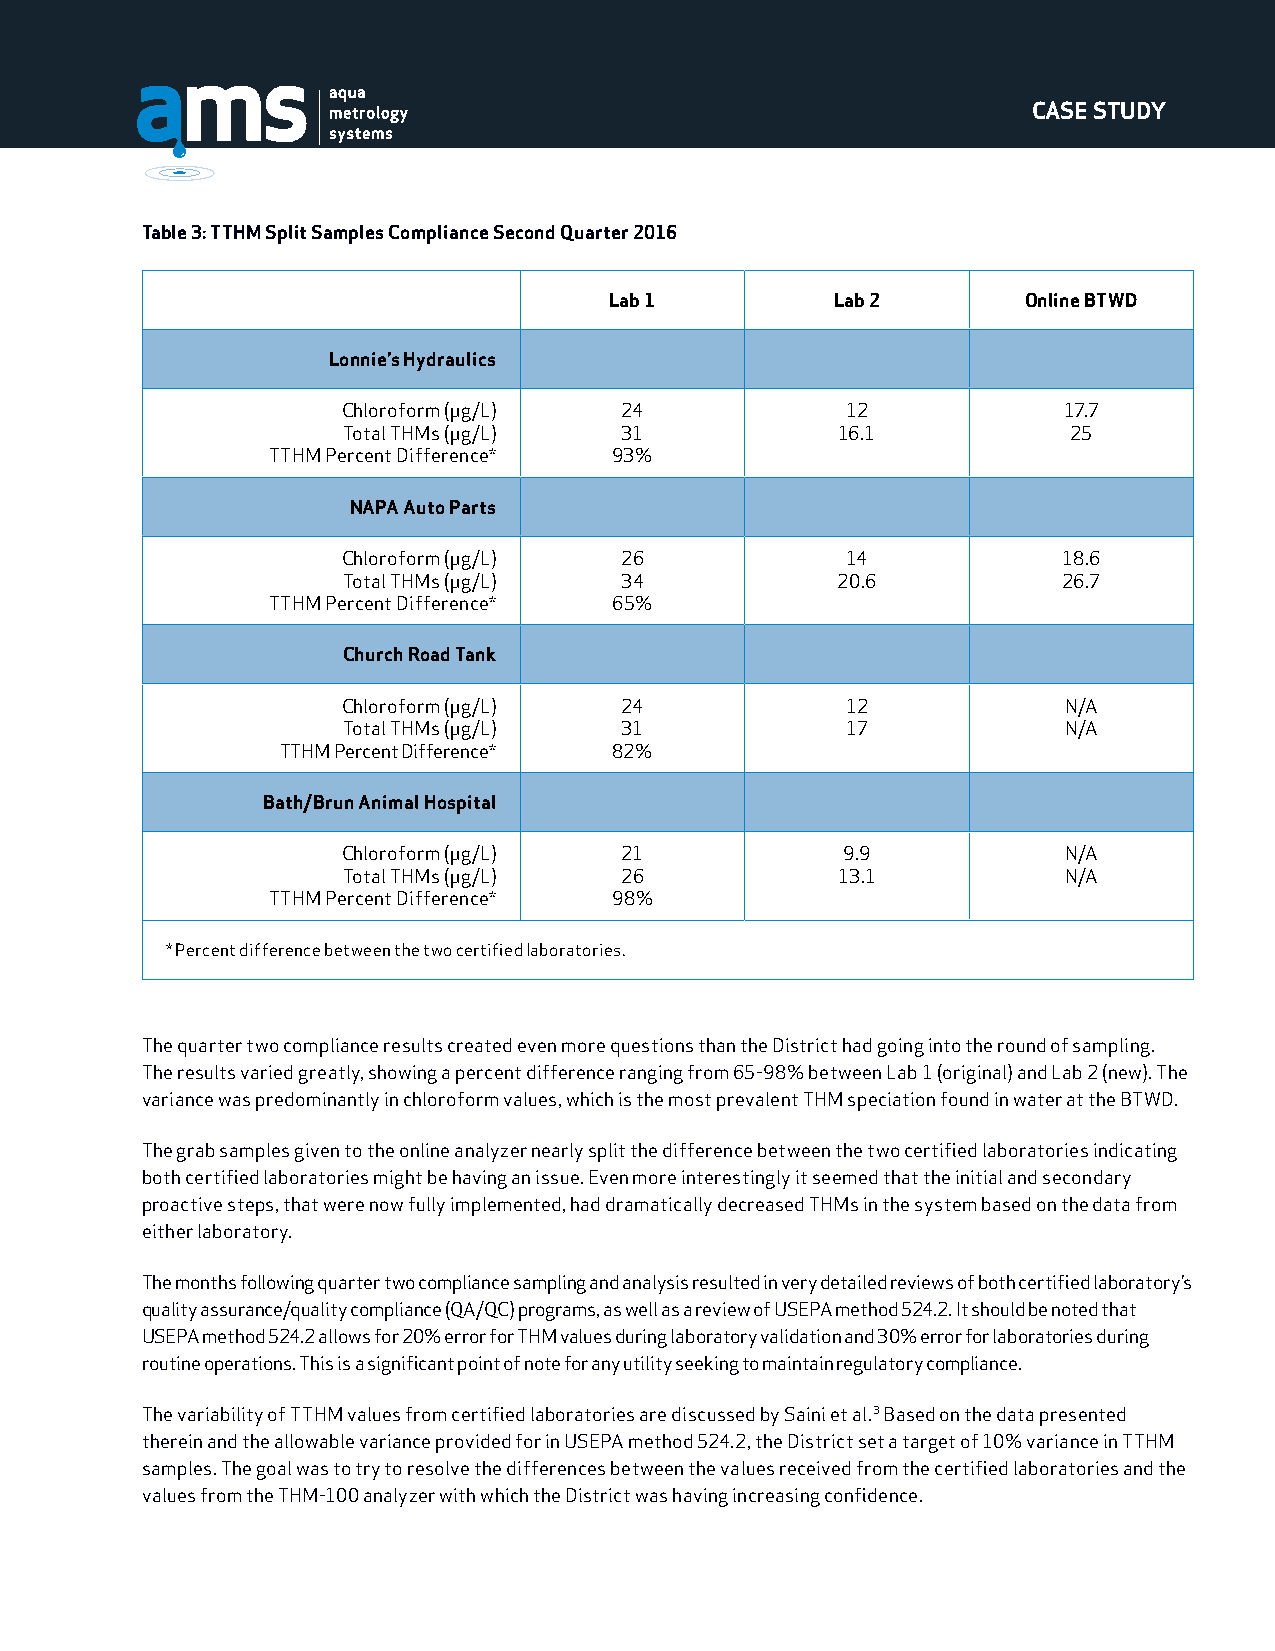
CASE STUDY
 Table 3: TTHM Split Samples Compliance Second Quarter 2016
 Lab 1          Lab 2        Online BTWD
 Lonnie’s Hydraulics
 Chloroform (μg/L) 24             12            17.7
 Total THMs (μg/L) 31            16.1            25
 TTHM Percent Difference* 93%
 NAPA Auto Parts
 Chloroform (μg/L) 26             14            18.6
 Total THMs (μg/L) 34            20.6           26.7
 TTHM Percent Difference* 65%
 Church Road Tank
 Chloroform (μg/L) 24             12            N/A
 Total THMs (μg/L) 31             17            N/A
 TTHM Percent Difference* 82%
 Bath/Brun Animal Hospital
 Chloroform (μg/L) 21             9.9           N/A
 Total THMs (μg/L) 26            13.1           N/A
 TTHM Percent Difference* 98%
 * Percent difference between the two certified laboratories.
 The quarter two compliance results created even more questions than the District had going into the round of sampling.
 The results varied greatly, showing a percent difference ranging from 65-98% between Lab 1 (original) and Lab 2 (new). The
 variance was predominantly in chloroform values, which is the most prevalent THM speciation found in water at the BTWD.
 The grab samples given to the online analyzer nearly split the difference between the two certified laboratories indicating
 both certified laboratories might be having an issue. Even more interestingly it seemed that the initial and secondary
 proactive steps, that were now fully implemented, had dramatically decreased THMs in the system based on the data from
 either laboratory.
 The months following quarter two compliance sampling and analysis resulted in very detailed reviews of both certified laboratory’s
 quality assurance/quality compliance (QA/QC) programs, as well as a review of USEPA method 524.2. It should be noted that
 USEPA method 524.2 allows for 20% error for THM values during laboratory validation and 30% error for laboratories during
 routine operations. This is a significant point of note for any utility seeking to maintain regulatory compliance.
 The variability of TTHM values from certified laboratories are discussed by Saini et al.3 Based on the data presented
 therein and the allowable variance provided for in USEPA method 524.2, the District set a target of 10% variance in TTHM
 samples. The goal was to try to resolve the differences between the values received from the certified laboratories and the
 values from the THM-100 analyzer with which the District was having increasing confidence.